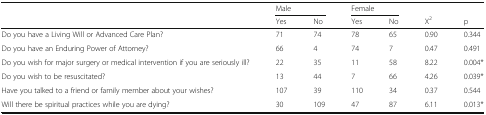
| <ROWSPAN=2>  | <COLSPAN=2> Male | <COLSPAN=2> Female |  |  |
 | Yes | No | Yes | No | X2 | p |
 | --- | --- | --- | --- | --- | --- | --- |
 | Do you have a Living Will or Advanced Care Plan? | 71 | 74 | 78 | 65 | 0.90 | 0.344 |
 | Do you have an Enduring Power of Attorney? | 66 | 4 | 74 | 7 | 0.47 | 0.491 |
 | Do you wish for major surgery or medical intervention if you are seriously ill? | 22 | 35 | 11 | 58 | 8.22 | 0.004* |
 | Do you wish to be resuscitated? | 13 | 44 | 7 | 66 | 4.26 | 0.039* |
 | Have you talked to a friend or family member about your wishes? | 107 | 39 | 110 | 34 | 0.37 | 0.544 |
 | Will there be spiritual practices while you are dying? | 30 | 109 | 47 | 87 | 6.11 | 0.013* |